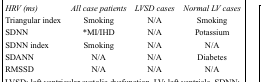
<table><thead><tr><td><b><i>HRV (ms)</i></b></td><td><b><i>All case patients</i></b></td><td><b><i>LVSD cases</i></b></td><td><b><i>Normal LV cases</i></b></td></tr></thead><tbody><tr><td>Triangular index</td><td>Smoking</td><td>N/A</td><td>Smoking</td></tr><tr><td>SDNN</td><td>*MI/IHD</td><td>N/A</td><td>Potassium</td></tr><tr><td>SDNN index</td><td>Smoking</td><td>N/A</td><td>N/A</td></tr><tr><td>SDANN</td><td>N/A</td><td>N/A</td><td>Diabetes</td></tr><tr><td>RMSSD</td><td>N/A</td><td>N/A</td><td>N/A</td></tr></tbody></table>